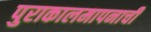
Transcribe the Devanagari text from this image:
पुराकालमापनाची